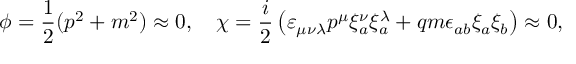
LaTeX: \phi = \frac { 1 } { 2 } ( p ^ { 2 } + m ^ { 2 } ) \approx 0 , \quad \chi = \frac { i } { 2 } \left( \varepsilon _ { \mu \nu \lambda } p ^ { \mu } \xi _ { a } ^ { \nu } \xi _ { a } ^ { \lambda } + q m \epsilon _ { a b } \xi _ { a } \xi _ { b } \right) \approx 0 ,